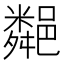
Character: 𨞁